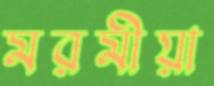
মরমীয়া